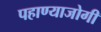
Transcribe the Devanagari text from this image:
पहाण्याजोगी